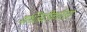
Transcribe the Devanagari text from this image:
मश्जिदीकरिता